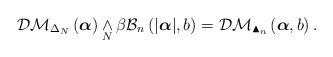
LaTeX: \begin{align*} \mathcal{DM}_{\Delta_N}\left( \boldsymbol{\alpha}\right) \underset{N}{\wedge} \beta\mathcal{B}_{n}\left( \vert \boldsymbol{\alpha} \vert , b \right) = \mathcal{DM}_{\blacktriangle_{n}}\left( \boldsymbol{\alpha}, b \right).\end{align*}